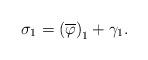
LaTeX: \begin{align*}\sigma _{1}=\left( \overline{\varphi }\right) _{1}+\gamma _{1}. \end{align*}